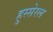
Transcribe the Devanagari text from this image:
हुस्सेरल